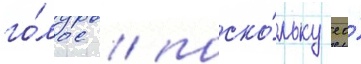
го́лос / поско́льку ео́